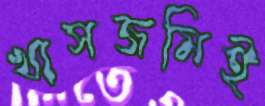
খাসজমিই